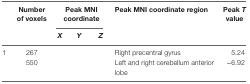
<table><thead><tr><td>[EMPTY_CELL]</td><td><b>Number of voxels</b></td><td colspan="3"><b>Peak MNI coordinate</b></td><td><b>Peak MNI coordinate region</b></td><td><b>Peak <i>T</i> value</b></td></tr><tr><td>[EMPTY_CELL]</td><td>[EMPTY_CELL]</td><td><b><i>X</i></b></td><td><b><i>Y</i></b></td><td><b><i>Z</i></b></td><td>[EMPTY_CELL]</td><td>[EMPTY_CELL]</td></tr></thead><tbody><tr><td>1</td><td>267</td><td>[EMPTY_CELL]</td><td>[EMPTY_CELL]</td><td>[EMPTY_CELL]</td><td>Right precentral gyrus</td><td>5.24</td></tr><tr><td>[EMPTY_CELL]</td><td>550</td><td>[EMPTY_CELL]</td><td>[EMPTY_CELL]</td><td>[EMPTY_CELL]</td><td>Left and right cerebellum anterior lobe</td><td>−6.92</td></tr></tbody></table>